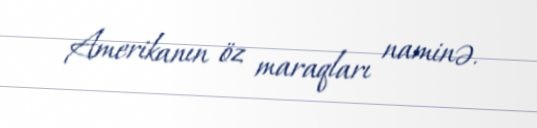
Amerikanın öz maraqları naminə.